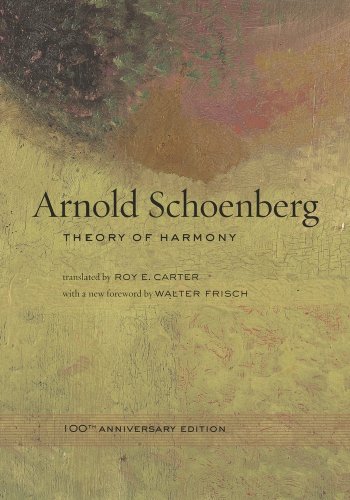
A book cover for Theory of Harmony: 100TH ANNIVERSARY EDITION; Arnold Schoenberg; Humor & Entertainment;